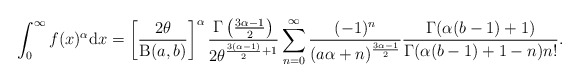
\begin{align*}\int^\infty_0 f(x)^\alpha \mathrm{d}x=\left[\frac{2\theta}{\operatorname{B}(a,b)}\right]^\alpha\frac{\Gamma\left( \frac{3\alpha-1}{2}\right)}{2\theta^{\frac{3(\alpha-1)}{2}+1}}\sum^\infty_{n=0}\frac{(-1)^n}{(a\alpha+n)^{\frac{3\alpha-1}{2}}}\frac{\Gamma(\alpha(b-1)+1)}{\Gamma(\alpha(b-1)+1-n)n!}.\end{align*}